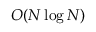
O ( N \log N )